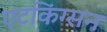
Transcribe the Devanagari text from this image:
एटकिंग्सन